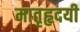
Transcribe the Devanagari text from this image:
मातृहृदयी